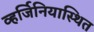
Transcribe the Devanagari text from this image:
व्हर्जिनियास्थित